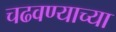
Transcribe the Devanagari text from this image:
चढवण्याच्या